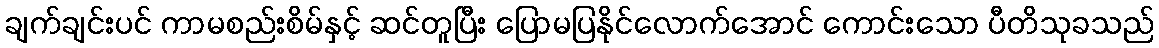
ချက်ချင်းပင် ကာမစည်းစိမ်နှင့် ဆင်တူပြီး ပြောမပြနိုင်လောက်အောင် ကောင်းသော ပီတိသုခသည်